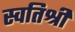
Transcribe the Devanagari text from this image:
स्वतिश्री